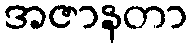
အဇာနတာ